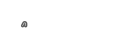
٥